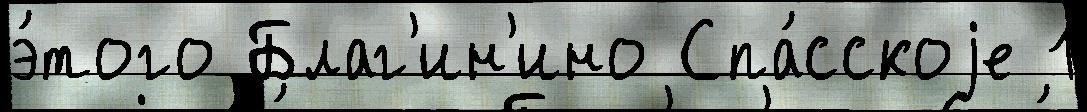
э́того Благ'ин'ино Спа́сскоjе 1